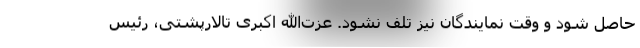
حاصل شود و وقت نمایندگان نیز تلف نشود. عزت‌الله اکبری تالارپشتی، رئیس